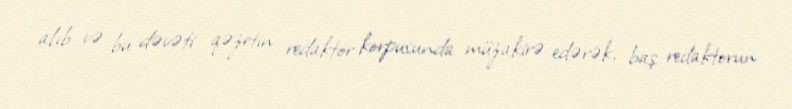
alıb və bu dəvəti qəzetin redaktor korpusunda müzakirə edərək, baş redaktorun